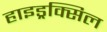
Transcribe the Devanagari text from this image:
हाइड्रक्सिल